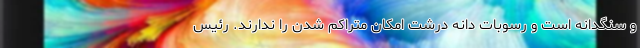
و سنگدانه است و رسوبات دانه درشت امکان متراکم شدن را ندارند. رئیس